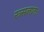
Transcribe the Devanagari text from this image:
रूसलानाः